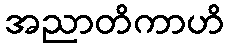
အညာတိကာဟိ